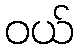
ဝယ်